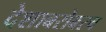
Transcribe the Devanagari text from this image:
देशाबरोबरच